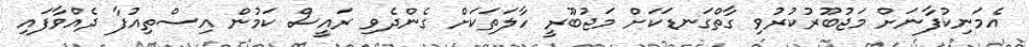
އެމަނިކުފާނަށް މަޖުބޫރުކުރުވި ގާތްގަނޑަކަށް މަޖުބޫރީ ހާލަތަކަށް ގެންދެވި ރައީސް ކަމުން އިސްތިއުފާ ދެއްވާފައި